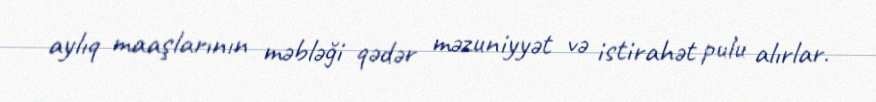
aylıq maaşlarının məbləği qədər məzuniyyət və istirahət pulu alırlar.